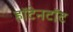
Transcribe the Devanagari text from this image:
हॉटेनटॉट